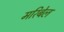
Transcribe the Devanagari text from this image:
मरिबेल